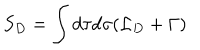
S _ { D } = \int d \tau d \sigma ( { \cal L } _ { D } + \Gamma )